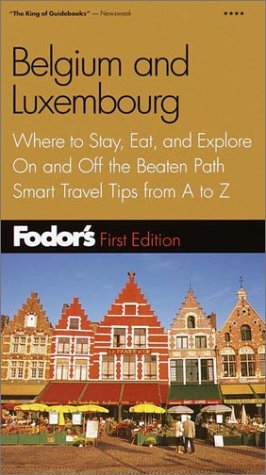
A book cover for Fodor's Belgium and Luxembourg, 1st Edition: Where to Stay, Eat, and Explore On and Off the Beaten Path, Smart Travel Tips fr om A to Z (Fodor's Gold Guides); Fodor's; Travel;